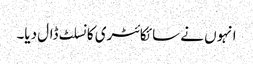
انہوں‌ نے سائکائٹری کانسلٹ ڈال دیا۔